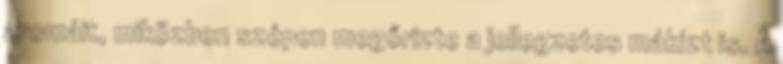
aromáit, miközben szépen megőrizte a jellegzetes mákízt is. A